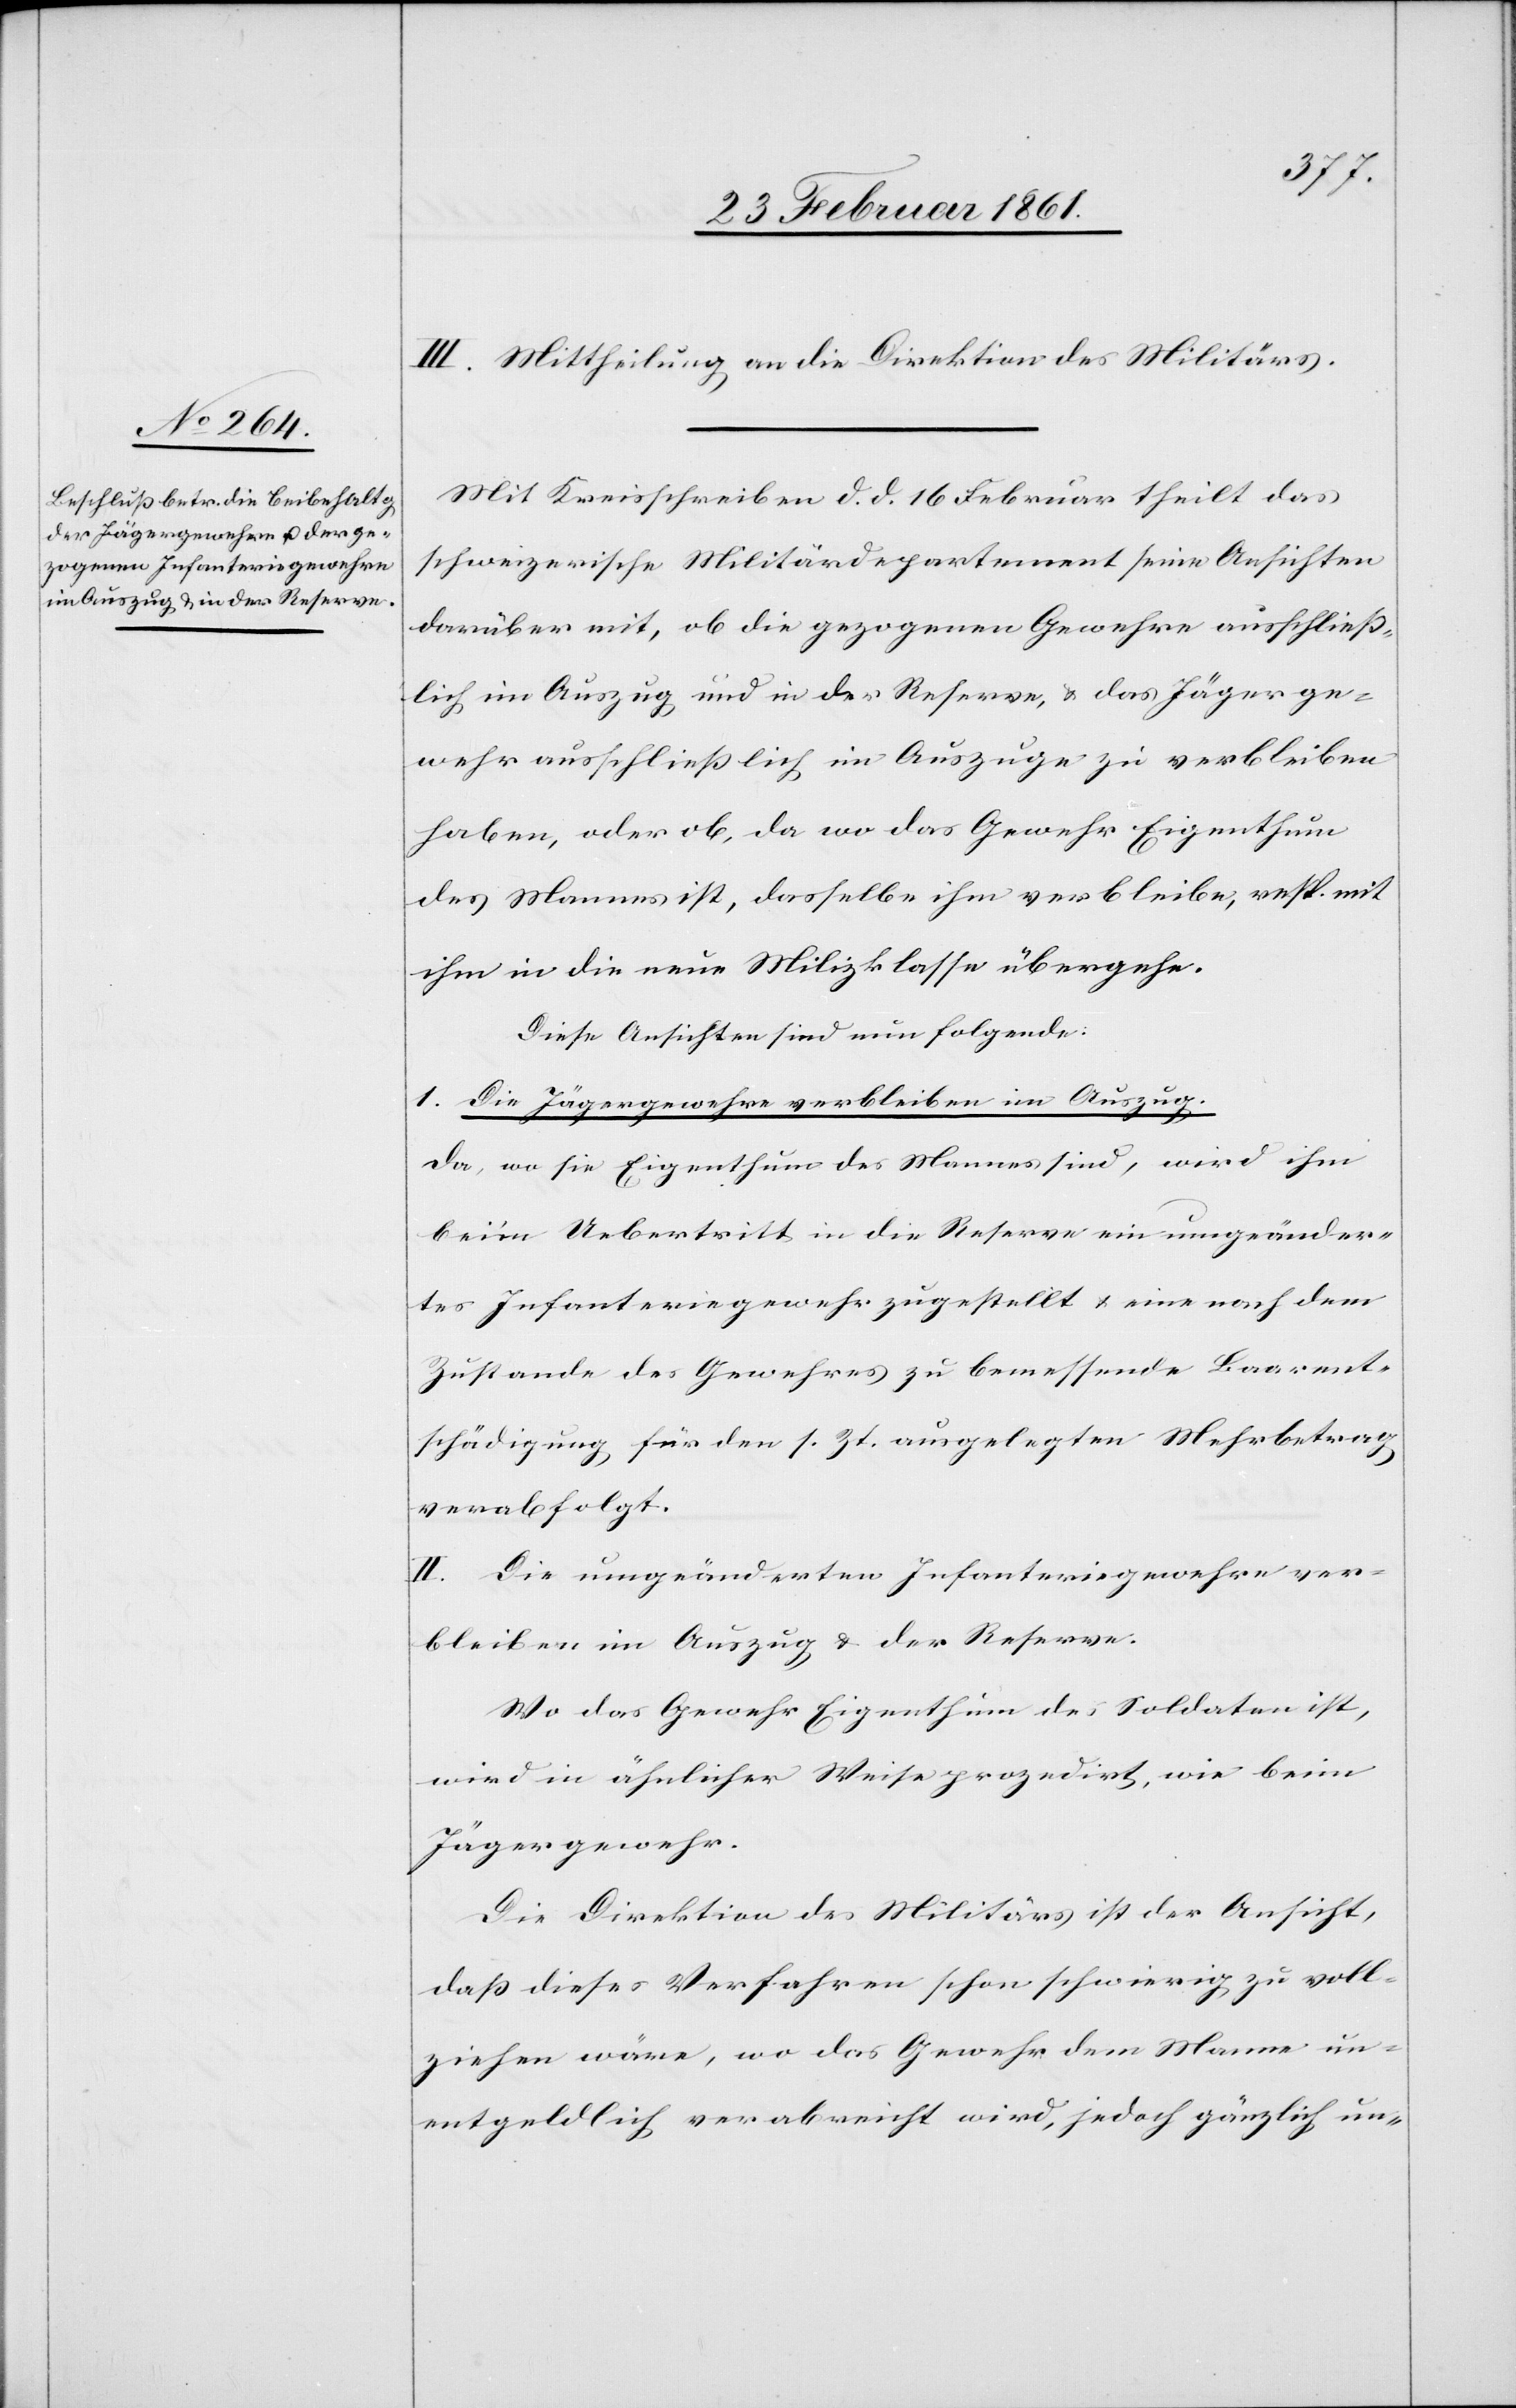
III. Mittheilung an die Direktion des Militärs.
Mit Kreisschreiben d. d. 16. Februar theilt das
schweizerische Militärdepartement seine Ansichten
darüber mit, ob die gezogenen Gewehre ausschlies¬
slich im Auszug und in der Reserve, u. das Jägerge¬
wehr ausschliesslich im Auszuge zu verbleiben
haben, oder ob, da wo das Gewehr Eigenthum
des Mannes ist, dasselbe ihm verbleibe, resp. mit
ihm in die neue Milizklasse übergehe.
Diese Ansichten sind nun folgende:
I. Die Jägergewehre verbleiben im Auszug.
Da wo sie Eigenthum des Mannes sind, wird ihm
beim Uebertritt in die Reserve ein umgeänder¬
tes Infanteriegewehr zugestellt u. eine nach dem
Zustande des Gewehres zu bemessende Baarent¬
schädigung für den s. Zt. ausgelegten Mehrbetrag
verabfolgt.
II. Die umgeänderten Infanteriegewehre ver¬
bleiben im Auszug u. der Reserve.
Wo das Gewehr Eigenthum des Soldaten ist,
wird in ähnlicher Weise prozedirt, wie beim
Jägergewehr.
Die Direktion des Militärs ist der Ansicht,
dass dieses Verfahren schon schwierig zu voll¬
ziehen wäre, wo das Gewehr dem Manne un¬
entgeldlich verabreicht wird, jedoch gänzlich un-